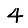
Digit: 4